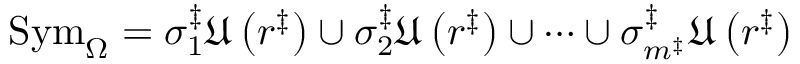
\mathrm { S y m } _ { \Omega } = \sigma _ { 1 } ^ { \ddag } \mathfrak { U } \left( r ^ { \ddag } \right) \cup \sigma _ { 2 } ^ { \ddag } \mathfrak { U } \left( r ^ { \ddag } \right) \cup \cdots \cup \sigma _ { m ^ { \ddag } } ^ { \ddag } \mathfrak { U } \left( r ^ { \ddag } \right)